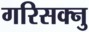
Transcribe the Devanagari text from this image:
गरिसक्नु